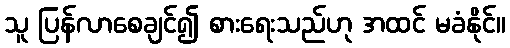
သူ ပြန်လာစေချင်၍ စားရေးသည်ဟု အထင် မခံနိုင်။